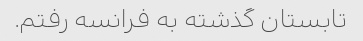
تابستان گذشته به فرانسه رفتم.